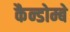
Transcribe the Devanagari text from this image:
कैन्डोम्बे